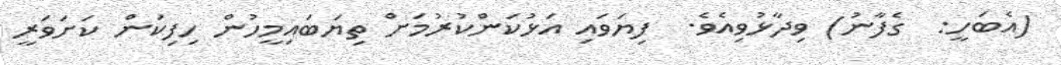
(އެބަހީ:  ގެފާނު) ވިދާޅުވިއެވެ.  ފިޔަވައި އަޅުކަންކުރުމަށް ތިޔަބައިމީހުން ހިފިކަން ކަށަވަރީ